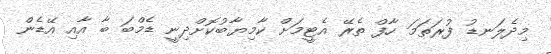
މިދެލަނޑު ފުރަތަމަ ހާފް ތެރޭ އެޓީމަށް ކާމިޔާބުކޮށްދިނީ ޑެމްބަ ބާ އާއި އޭޑެން